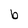
Character: b